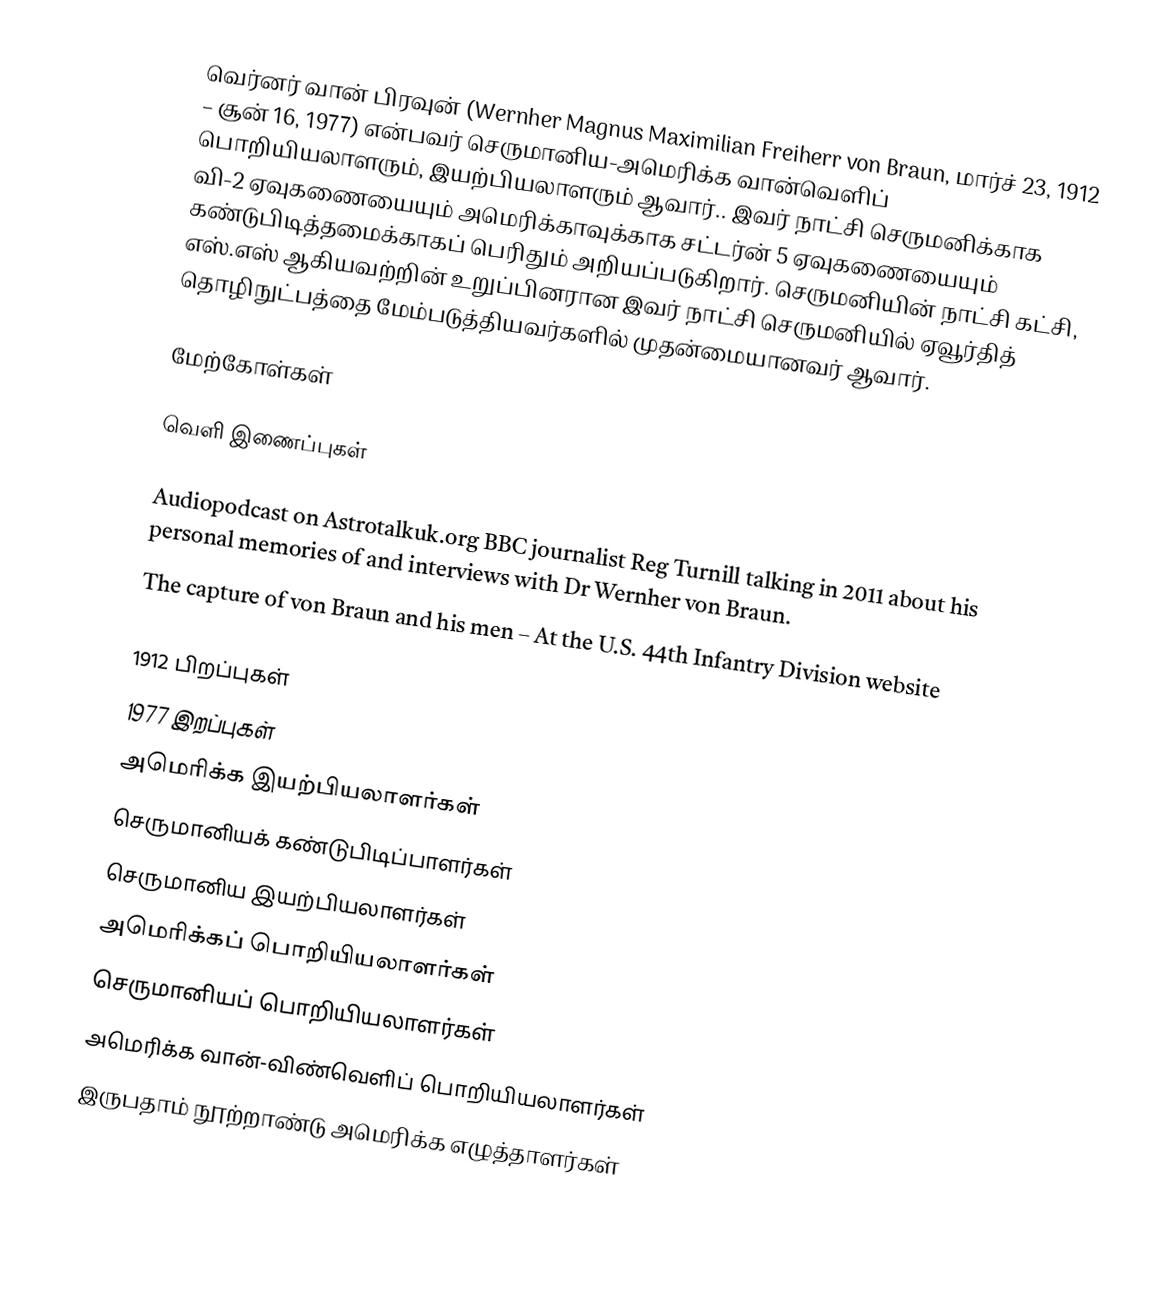
வெர்னர் வான் பிரவுன் (Wernher Magnus Maximilian Freiherr von Braun, மார்ச் 23, 1912 – சூன் 16, 1977) என்பவர் செருமானிய-அமெரிக்க வான்வெளிப் பொறியியலாளரும், இயற்பியலாளரும் ஆவார்.. இவர் நாட்சி செருமனிக்காக வி-2 ஏவுகணையையும் அமெரிக்காவுக்காக சட்டர்ன் 5 ஏவுகணையையும் கண்டுபிடித்தமைக்காகப் பெரிதும் அறியப்படுகிறார். செருமனியின் நாட்சி கட்சி,  எஸ்.எஸ் ஆகியவற்றின் உறுப்பினரான இவர் நாட்சி செருமனியில் ஏவூர்தித் தொழிநுட்பத்தை மேம்படுத்தியவர்களில் முதன்மையானவர் ஆவார்.

மேற்கோள்கள்

வெளி இணைப்புகள்

 Audiopodcast on Astrotalkuk.org BBC journalist Reg Turnill talking in 2011 about his personal memories of and interviews with Dr Wernher von Braun.
 The capture of von Braun and his men  – At the U.S. 44th Infantry Division website

1912 பிறப்புகள்
1977 இறப்புகள்
அமெரிக்க இயற்பியலாளர்கள்
செருமானியக் கண்டுபிடிப்பாளர்கள்
செருமானிய இயற்பியலாளர்கள்
அமெரிக்கப் பொறியியலாளர்கள்
செருமானியப் பொறியியலாளர்கள்
அமெரிக்க வான்-விண்வெளிப் பொறியியலாளர்கள்
இருபதாம் நூற்றாண்டு அமெரிக்க எழுத்தாளர்கள்